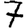
Digit: 7